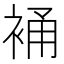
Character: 𧚔